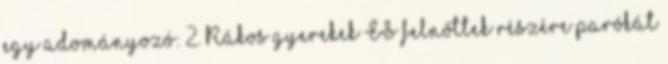
egy adományozó: 2. Rákos gyerekek ÉS felnőttek részére parókát